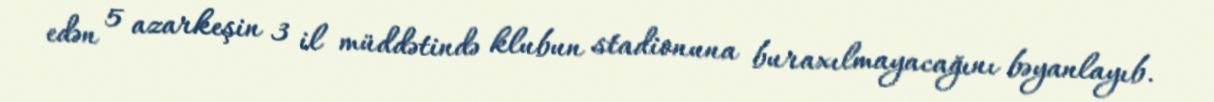
edən 5 azarkeşin 3 il müddətində klubun stadionuna buraxılmayacağını bəyanlayıb.